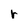
Character: r